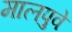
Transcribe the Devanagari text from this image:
मालपुवे